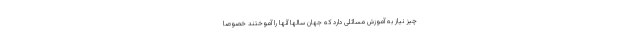
چیز نیاز به آموزشِ مسائلی دارد که جهان سالها آنها را آموختند خصوصا